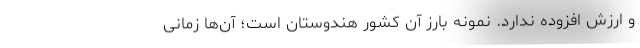
و ارزش افزوده ندارد. نمونه بارز آن کشور هندوستان است؛ آن‌ها زمانی